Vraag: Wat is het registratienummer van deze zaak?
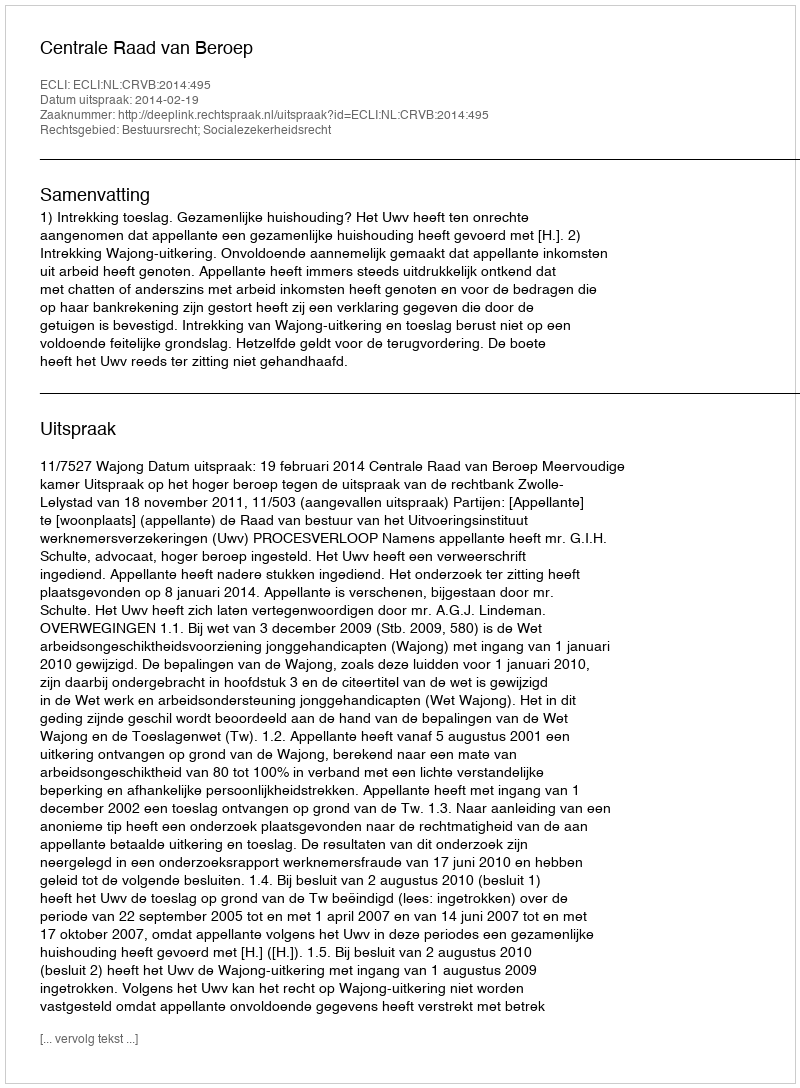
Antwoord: http://deeplink.rechtspraak.nl/uitspraak?id=ECLI:NL:CRVB:2014:495